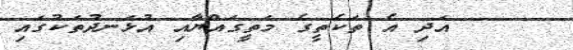
٢٢     އަދި އެ ތަކެތީގެ މަތީގައްޔާއި އުޅަނދުތަކުގައި